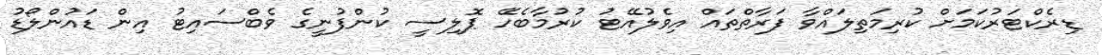
ޑިރެކްޓަރުކަމަށް ކުރިމަތިލައްވާ ފަރާތްތައް އިވެލުއޭޓު ކުރުމާބެހޭ ޕޮލިސީ ކުންފުނީގެ ވެބްސައިޓު އިން ޑައުންލޯޑު